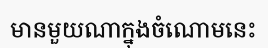
មានមួយណាក្នុងចំណោមនេះ